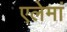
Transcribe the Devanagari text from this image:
एलेमां